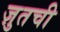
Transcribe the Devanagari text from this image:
ज़ुतची